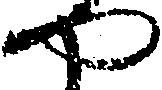
や